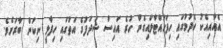
އެއާއިއެކު ހެދުމުގައި ހިފަހައްޓާލައިގެން ހުރެ އައިސް ޝަދަފުގެ އަތުގައި ހިފާލީ ނިކަން ބާރަށެވެ.